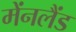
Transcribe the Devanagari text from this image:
मेंनलैंड